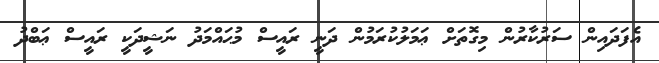
އެފަދައިން ސަރުކާރުން މިގޮތަށް ޢަމަލުކުރަމުން ދަނީ ރައީސް މުޙައްމަދު ނަޝީދަކީ ރައީސް ޢަބްދު